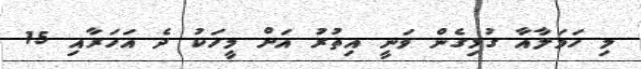
މި ހަމަލާއާ ގުޅިގެން ވަނީ އިތުރު އަށް މީހަކު ދެ އަހަރާއި 15